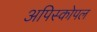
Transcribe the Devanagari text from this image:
अपिस्कोपल